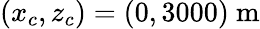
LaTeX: (x_{c},z_{c})=(0,3000)~\mathrm{m}